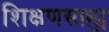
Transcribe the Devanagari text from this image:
शिक्षणसाह्य